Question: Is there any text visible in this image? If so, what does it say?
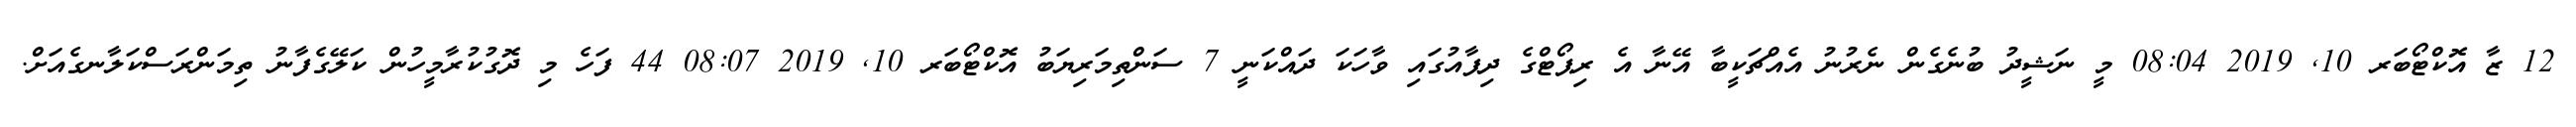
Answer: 12 ޒާ އޮކްޓޯބަރ 10, 2019 08:04 މީ ނަޝީދު ބުނެގެން ނެރުނު އެއްޗަކީބާ އޭނާ އެ ރިޕޯޓްގެ ދިފާއުގައި ވާހަކަ ދައްކަނީ 7 ސަންތިމަރިޔަބު އޮކްޓޯބަރ 10, 2019 08:07 44 ފަހެ މި ދޮގުކުރާމީހުން ކަލޭގެފާނު ތިމަންރަސްކަލާނގެއަށް.